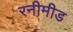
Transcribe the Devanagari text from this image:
रनीमीड